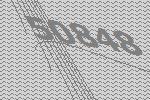
50848